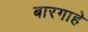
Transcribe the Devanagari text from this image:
बारगाहे